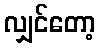
လျှင်တော့